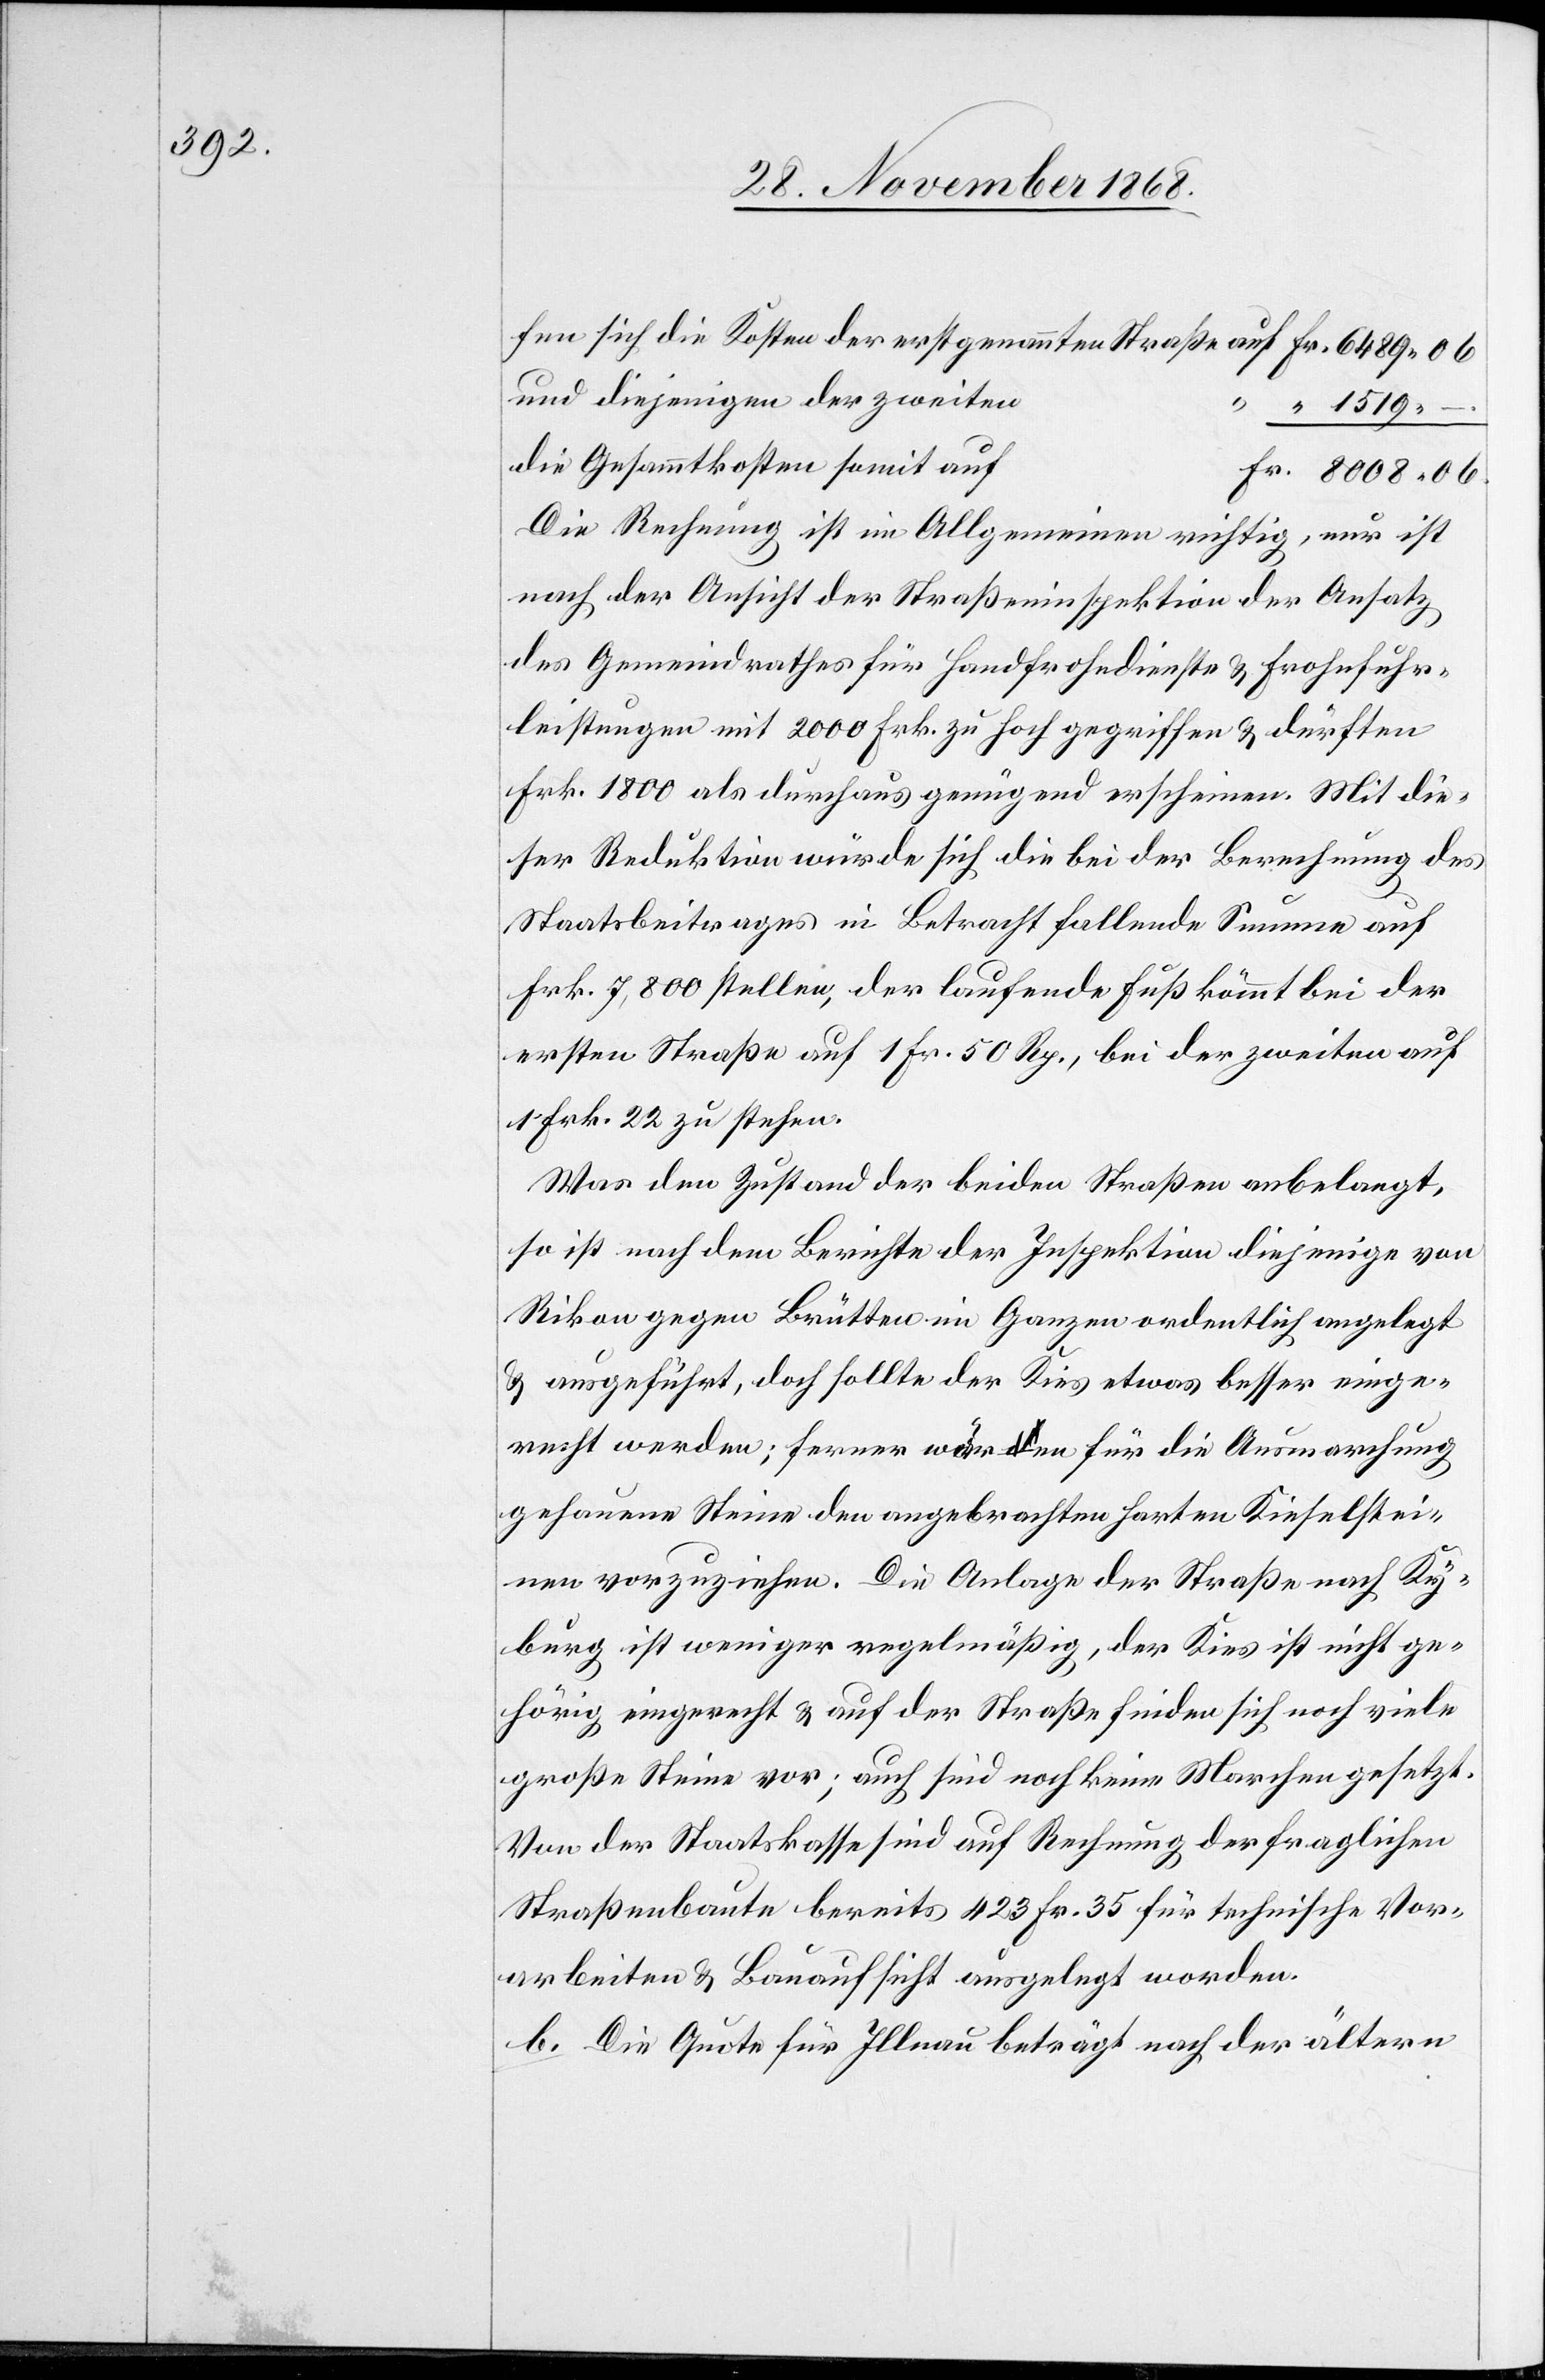
und diejenigen der zweiten
“ 1519 –
die Gesammtkosten somit auf
Fr. 8008 06.
Die Rechnung ist im Allgemeinen richtig, nur ist
nach der Ansicht der Straßeninspektion der Ansatz
des Gemeindrathes für Handfrohndienste & Frohnfuhr¬
leistungen mit 2000 Frk. zu hoch gegriffen & dürften
Frk. 1800 als durchaus genügend erscheinen. Mit die¬
ser Reduktion würde sich die bei der Berechnung des
Staatsbeitrages in Betracht fallende Summe auf
Frk. 7,800 stellen, der laufende Fuß kömmt bei der
ersten Straße auf 1 Fr. 50 Rp., bei der zweiten auf
1 Frk. 22 zu stehen.
Was den Zustand der beiden Straßen anbelangt,
so ist nach dem Berichte der Inspektion diejenige von
Rikon gegen Brütten im Ganzen ordentlich angelegt
& ausgeführt, doch sollte der Kies etwas besser einge¬
recht werden; ferner wären für die Ausmarchung
gehauene Steine den angebrachten harten Kieselstei¬
nen vorzuziehen. Die Anlage der Straße nach Ky¬
burg ist weniger regelmäßig, der Kies ist nicht ge¬
hörig eingerecht & auf der Straße finden sich noch viele
große Steine vor; auch sind noch keine Marchen gesetzt.
Von der Staatskasse sind auf Rechnung der fraglichen
Straßenbaute bereits 423 Fr. 35 für technische Vor¬
arbeiten & Bauaufsicht ausgelegt worden.
b. Die Quote für Illnau beträgt nach der ältern